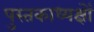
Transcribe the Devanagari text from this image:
पुस्तकाध्यक्षों